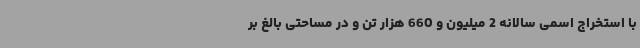
با استخراج اسمی سالانه 2 میلیون و 660 هزار تن و در مساحتی بالغ بر